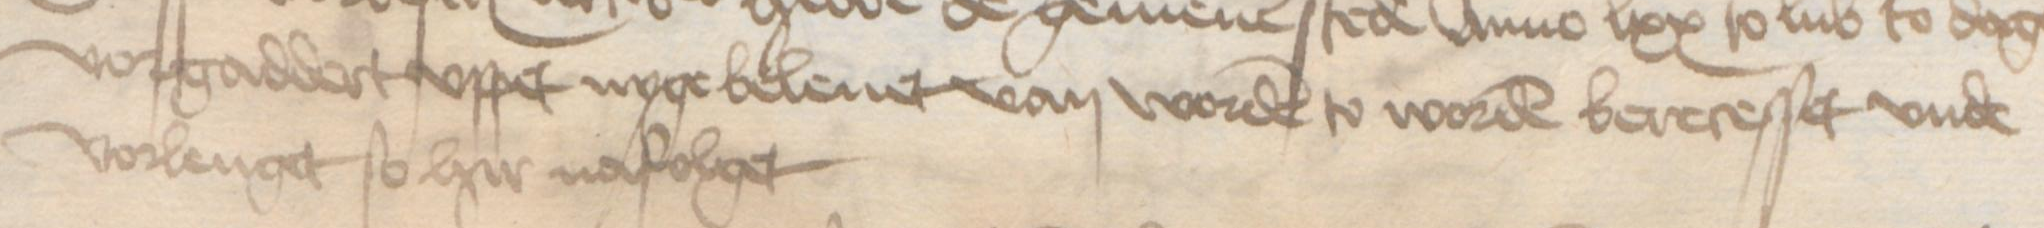
vorgaddert vppet nyge beleuet van worden to worden berecesset vnde